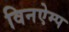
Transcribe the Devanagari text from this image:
विनऐम्प